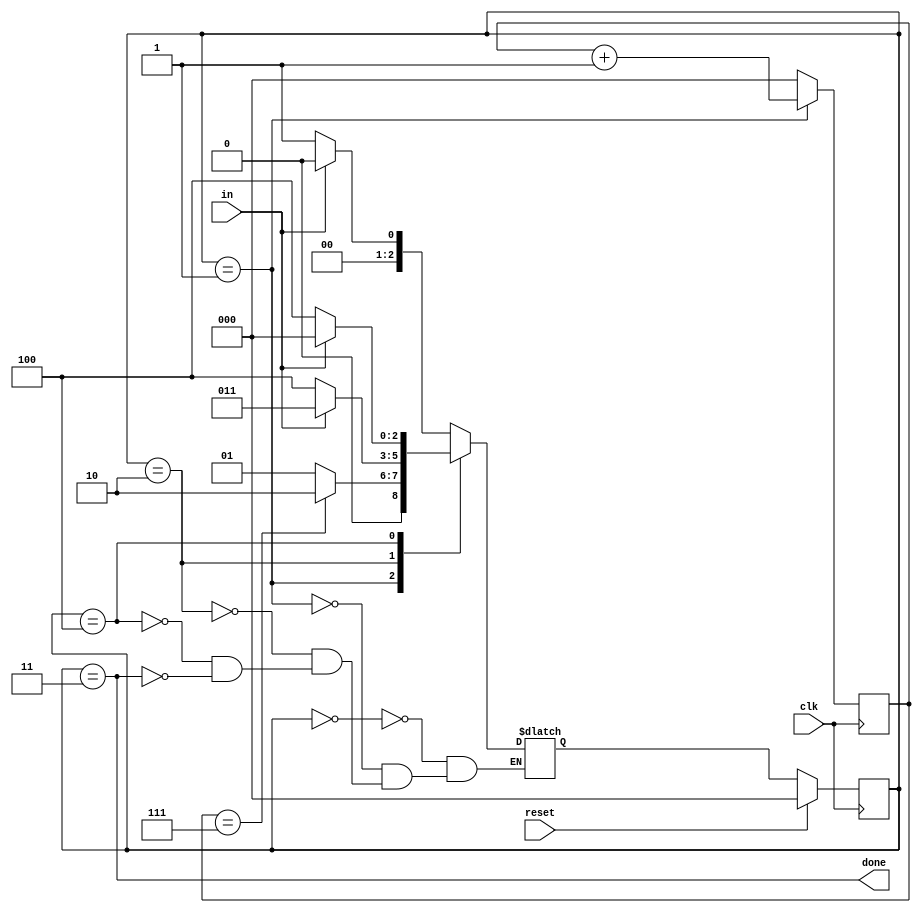
module top_module(
    input clk,
    input in,
    input reset,    // Synchronous reset
    output done
); 

    parameter start = 0, data = 1, stop = 2, done_parameter = 3, wait_par=4;
    reg [2:0] state, next_state;
    reg [2:0] count;
    always @(posedge clk) begin
        if (state == data) begin
            
            count = count + 1;
        end else begin
            count = 0; 
        end
    end
    always @(*) begin
       
        case (state)
            start: next_state = !in ?  data : start;
            data: next_state = (count == 7) ? stop : data;
            stop: next_state = in ? done_parameter : wait_par;
            // stop in = 1 
            // (wait_par)start
            //  
            wait_par: next_state = in ? start : wait_par;  
            done_parameter: next_state = !in ? data :  start;
            
        endcase
    end
    
    always @(posedge clk) begin
       
        if (reset) begin
            state <= start;
        end else begin
            state <= next_state; 
        end
        
    end
    
    assign done = (state == done_parameter);
    
endmodule